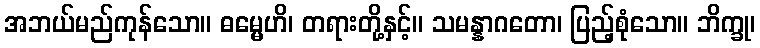
အဘယ်မည်ကုန်သော။ ဓမ္မေဟိ၊ တရားတို့နှင့်။ သမန္နာဂတော၊ ပြည့်စုံသော။ ဘိက္ခု၊